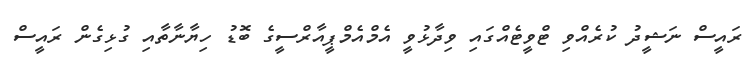
ރައީސް ނަޝީދު ކުރެއްވި ޓްވީޓެއްގައި ވިދާޅުވީ އެމްއެމްޕީއާރްސީގެ ބޮޑު ހިޔާނާތާއި ގުޅިގެން ރައީސް